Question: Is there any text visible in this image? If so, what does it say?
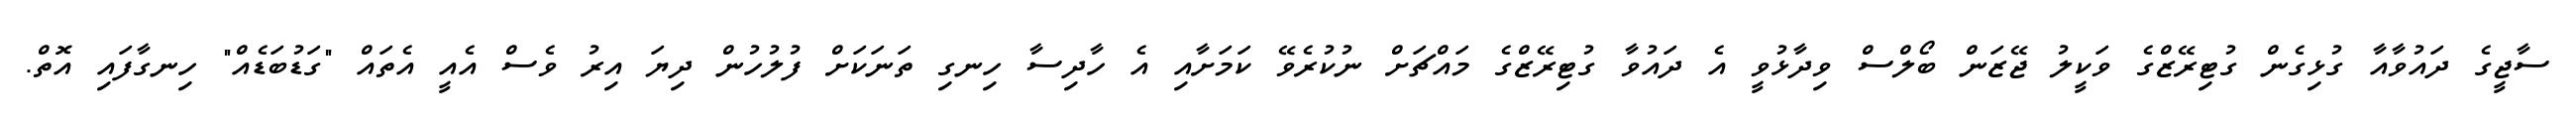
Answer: ސާޖީގެ ދައުވާއާ ގުޅިގެން ގުޓިރޭޒްގެ ވަކީލު ޖޭޒަން ބޯލްސް ވިދާޅުވީ އެ ދައުވާ ގުޓިރޭޒްގެ މައްޗަށް ނުކުރެވޭ ކަމަށާއި އެ ހާދިސާ ހިނގި ތަނަކަށް ފުލުހުން ދިޔަ އިރު ވެސް އެއީ އެތައް "ގަޑުބަޑެއް" ހިނގާފައި އޮތް.